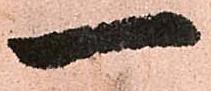
一